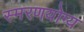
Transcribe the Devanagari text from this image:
स्मरणयोग्य